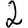
Digit: 2